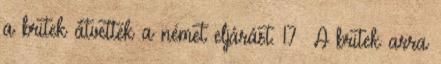
a britek átvették a német eljárást. 17 A britek arra